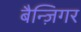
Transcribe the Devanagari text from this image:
बैन्ज़िगर